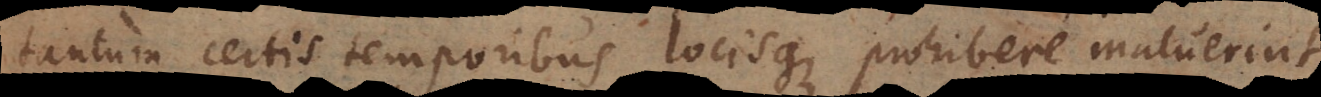
tantum certis temporibus locisque prohibere maluerint